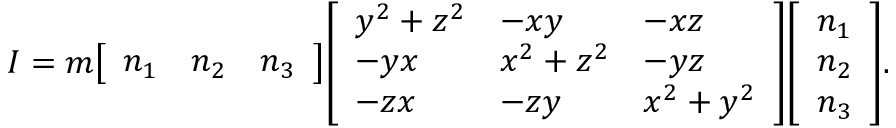
I = m { \left[ \begin{array} { l l l } { n _ { 1 } } & { n _ { 2 } } & { n _ { 3 } } \end{array} \right] } { \left[ \begin{array} { l l l } { y ^ { 2 } + z ^ { 2 } } & { - x y } & { - x z } \\ { - y x } & { x ^ { 2 } + z ^ { 2 } } & { - y z } \\ { - z x } & { - z y } & { x ^ { 2 } + y ^ { 2 } } \end{array} \right] } { \left[ \begin{array} { l } { n _ { 1 } } \\ { n _ { 2 } } \\ { n _ { 3 } } \end{array} \right] } .